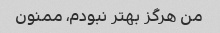
من هرگز بهتر نبودم، ممنون